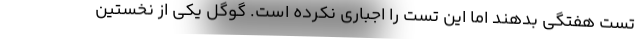
تست هفتگی بدهند اما این تست را اجباری نکرده است. گوگل یکی از نخستین